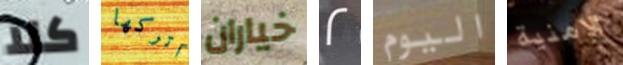
كلا اتركها خياران 2 اليوم الامنية